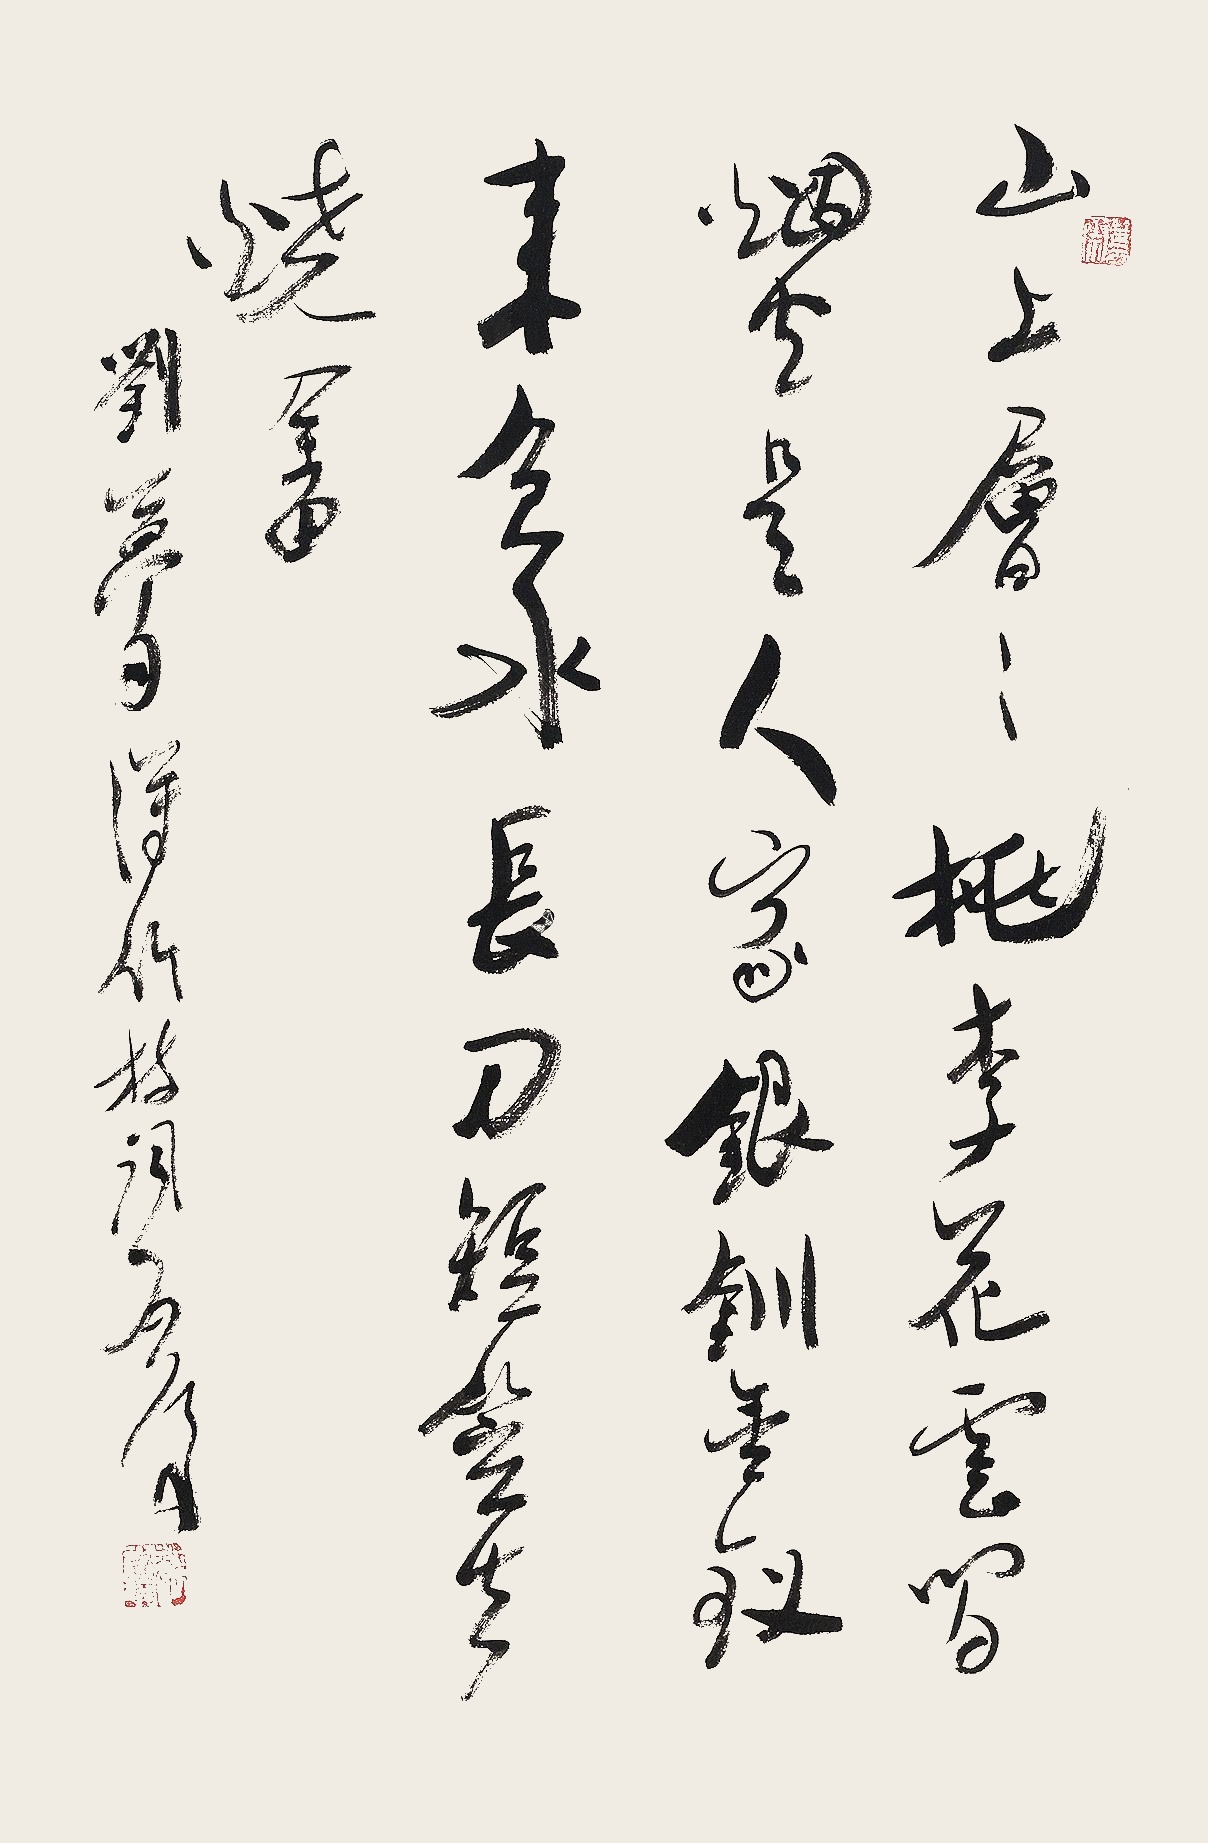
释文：山上层层桃李花，云间烟火是人家。银钏金钗来负水，长刀短笠去烧畲。刘梦得竹枝词。启后。